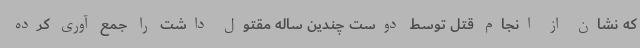
که نشان از انجام قتل توسط دوست چندین ساله مقتول داشت را جمع آوری کرده